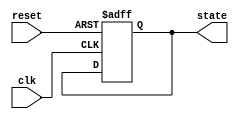
module preconfigured_state_initialization (
    input wire        reset,  // Active-high reset signal
    input wire        clk,    // Clock signal
    output reg [3:0] state    // 4-bit state output (adjust size as needed)
);

// Predefined state value (modify it to your desired initial state)
localparam INITIAL_STATE = 4'b0001;  // Example pre-configured state

// Synchronous state initialization
always @(posedge clk or posedge reset) begin
    if (reset) begin
        // Initialize to predefined state on reset
        state <= INITIAL_STATE;
    end else begin
        // Normal operation state transition logic goes here (not implemented)
        // For example: state <= next_state;
    end
end

endmodule